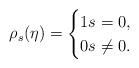
\begin{align*}\rho_s(\eta)=\begin{cases}1 s=0,\\0 s\neq 0.\end{cases}\end{align*}